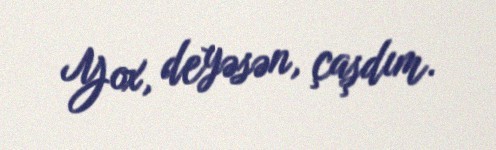
Yox, deyəsən, çaşdım.